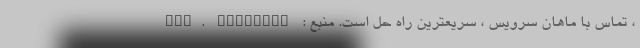
، تماس با ماهان سرویس ، سریعترین راه حل است. منبع : www. arvandox